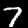
Label: 7